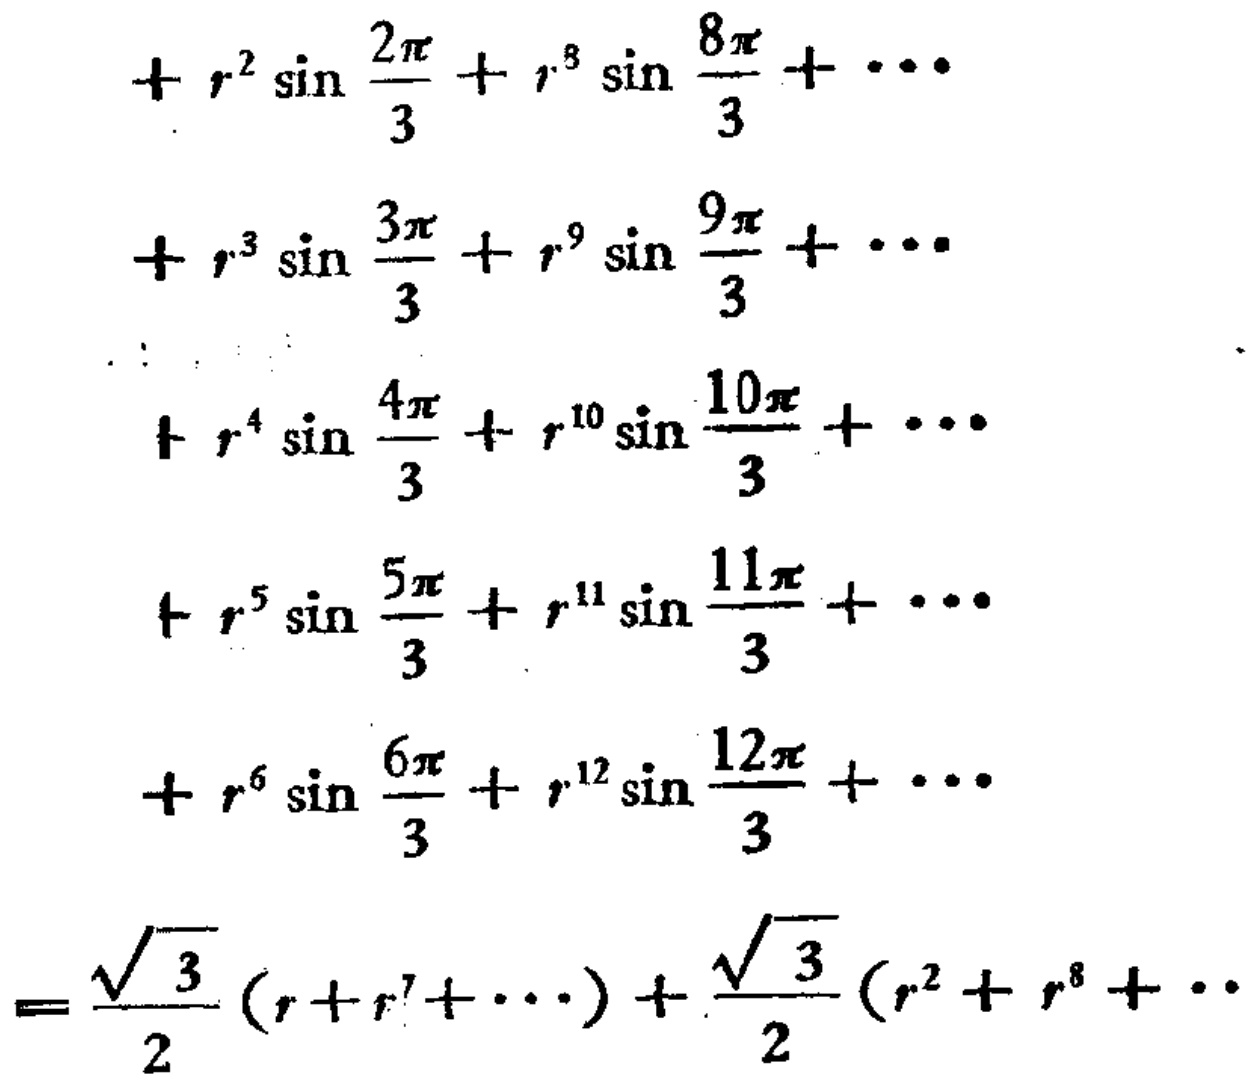
\[
\begin{align*}
&+ r^{2}\sin\frac{2\pi}{3}+r^{8}\sin\frac{8\pi}{3}+\cdots\\
&+ r^{3}\sin\frac{3\pi}{3}+r^{9}\sin\frac{9\pi}{3}+\cdots\\
&+ r^{4}\sin\frac{4\pi}{3}+r^{10}\sin\frac{10\pi}{3}+\cdots\\
&+ r^{5}\sin\frac{5\pi}{3}+r^{11}\sin\frac{11\pi}{3}+\cdots\\
&+ r^{6}\sin\frac{6\pi}{3}+r^{12}\sin\frac{12\pi}{3}+\cdots\\
=&\frac{\sqrt{3}}{2}(r + r^{7}+\cdots)+\frac{\sqrt{3}}{2}(r^{2}+r^{8}+\cdots)
\end{align*}
\]